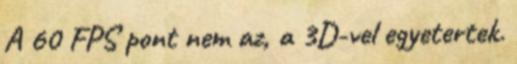
A 60 FPS pont nem az, a 3D-vel egyetertek.